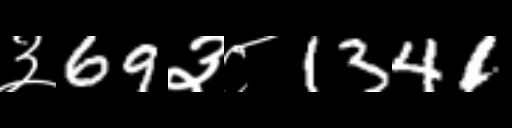
Text: ३69३८1341